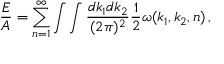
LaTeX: { \frac { \cal E } { A } } = \sum _ { n = 1 } ^ { \infty } \int \int { \frac { d k _ { 1 } d k _ { 2 } } { ( 2 \pi ) ^ { 2 } } } { \frac { 1 } { 2 } } \omega ( k _ { 1 } , k _ { 2 } , n ) \, ,